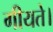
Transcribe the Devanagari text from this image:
गीयते।